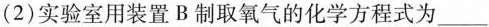
（2）实验室用装置B制取氧气的化学方程式为___